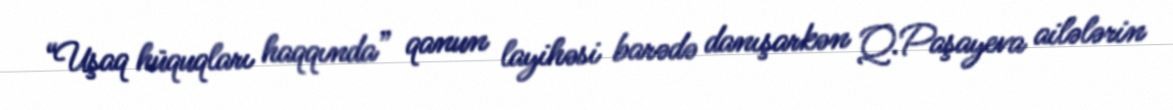
“Uşaq hüquqları haqqında” qanun layihəsi barədə danışarkən Q.Paşayeva ailələrin